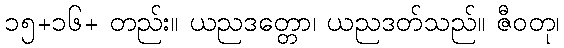
၁၅+၁၆+ တည်း။ ယညဒတ္တော၊ ယညဒတ်သည်။ ဇီဝတု၊